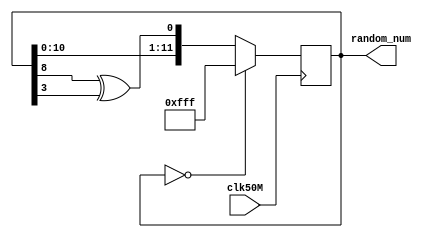
module lfsr(clk50M, random_num);
	input clk50M;
	output reg [11:0] random_num; 
	// 12 bit random number so that the maximum time is around 8 seconds, 
	// any longer may be too long and confuse the user
	// initialize the random number to any number other than 0
	
	initial
		begin
		random_num = 12'b111111111111;
		end
		
		
	always @(posedge clk50M) begin
		if (random_num == 0) begin
			random_num <= 12'b111111111111;
		end
		else begin
			random_num <= {random_num[10], 
								random_num[9],
								random_num[8],
								random_num[7],
								random_num[6],
								random_num[5],
								random_num[4],
								random_num[3],
								random_num[2],
								random_num[1],
								random_num[0],
								random_num[8] ^ random_num[3]
								};
		end
	end
	
endmodule